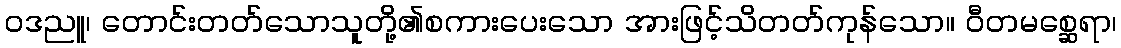
ဝဒညူ၊ တောင်းတတ်သောသူတို့၏စကားပေးသော အားဖြင့်သိတတ်ကုန်သော။ ဝီတမစ္ဆေရာ၊